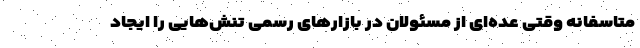
متاسفانه وقتی عده‌ای از مسئولان در بازار‌های رسمی تنش‌هایی را ایجاد